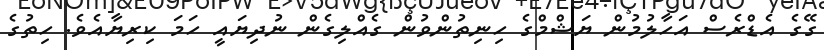
ގޭގެ އެޑްރެސް އަހާލުމުން ޔަޝްމްގެ ހިނިތުންވުން ގެއްލިގެން ނުދިޔައީ ހަމަ ކިރިޔާއެވެ. ހިތުގެ